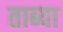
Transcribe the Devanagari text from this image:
ताब्या